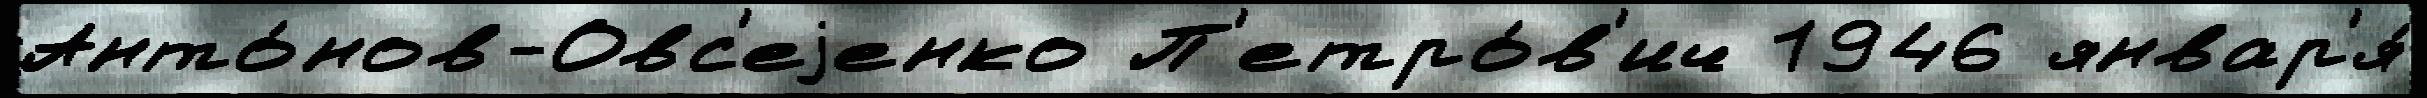
Анто́нов-Овс'еjенко П'етро́в'ич 1946 январ'я́